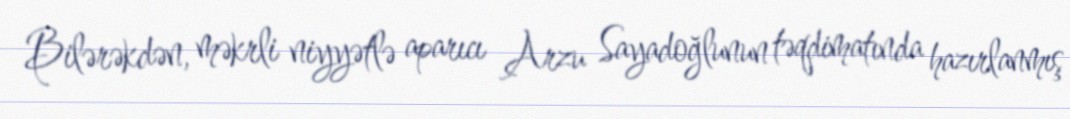
Bilərəkdən, məkrli niyyətlə aparıcı Arzu Sayadoğlunun təqdimatında hazırlanmış